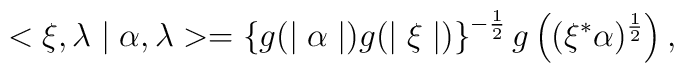
<\xi ,\lambda \mid \alpha ,\lambda > = \left\{g(\mid \alpha \mid) g(\mid \xi \mid )\right\}^{-\frac{1}{2}} g\left((\xi^{*}\alpha)^{\frac{1}{2}}\right),